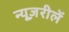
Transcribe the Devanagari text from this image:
न्यूज़रीलें